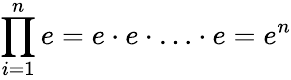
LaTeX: \prod_{i=1}^{n}e=e\cdot e\cdot\ldots\cdot e=e^{n}